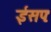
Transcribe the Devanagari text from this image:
ईसपः